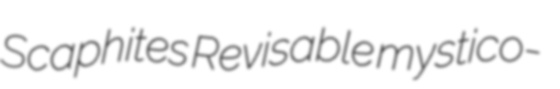
Scaphites Revisable mystico-